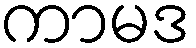
ကာမဒ